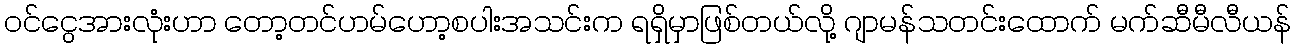
ဝင်ငွေအားလုံးဟာ တော့တင်ဟမ်ဟော့စပါးအသင်းက ရရှိမှာဖြစ်တယ်လို့ ဂျာမန်သတင်းထောက် မက်ဆီမီလီယန်